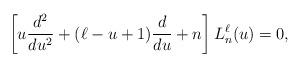
LaTeX: \begin{align*} \left[u\frac{d^2}{du^2}+(\ell-u+1)\frac{d}{du}+n\right]L_n^{\ell}(u)=0, \end{align*}